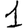
Digit: 1